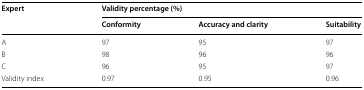
| <ROWSPAN=2> Expert | <COLSPAN=3> Validity percentage (%) |
 | Conformity | Accuracy and clarity | Suitability |
 | --- | --- | --- | --- |
 | A | 97 | 95 | 97 |
 | B | 98 | 96 | 96 |
 | C | 96 | 95 | 97 |
 | Validity index | 0.97 | 0.95 | 0.96 |